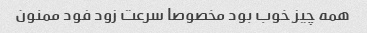
همه چیز خوب بود مخصوصا سرعت زود فود ممنون